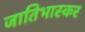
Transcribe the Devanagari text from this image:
जातिभास्कर